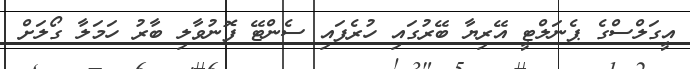
އީގަލްސްގެ ޕެނަލްޓީ އޭރިޔާ ބޭރުގައި ހުރެފައި ސެންޓޭ ފޮނުވާލި ބާރު ހަމަލާ ގޯލަށް